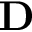
{ \bf D }